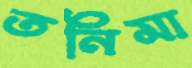
তনিমা